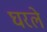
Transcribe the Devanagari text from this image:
घरले